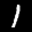
Label: 1